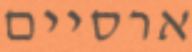
ארסיים